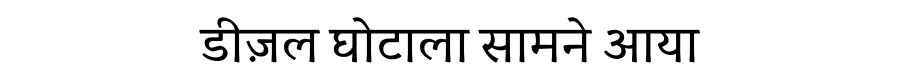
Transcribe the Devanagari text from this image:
डीज़ल घोटाला सामने आया